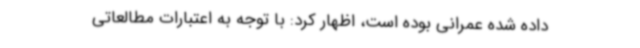
داده شده عمرانی بوده است، اظهار کرد: با توجه به اعتبارات مطالعاتی